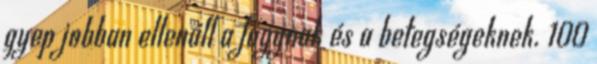
gyep jobban ellenáll a fagynak és a betegségeknek. 100